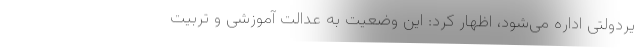
یردولتی اداره می‌شود، اظهار کرد: این وضعیت به عدالت آموزشی و تربیت